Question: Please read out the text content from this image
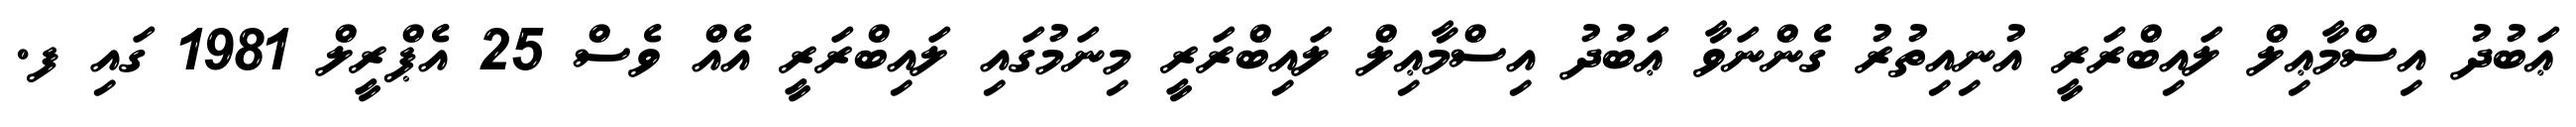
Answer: ޢަބުދު އިސްމާޢިލް ލައިބްރަރީ އުނިއިތުރު ގެންނަވާ ޢަބުދު އިސްމާޢިލް ލައިބްރަރީ މިނަމުގައި ލައިބްރަރީ އެއް ވެސް 25 އެޕްރީލް 1981 ގައި ފ.